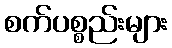
စက်ပစ္စည်းများ